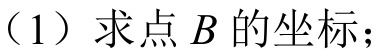
（1）求点\(B\)的坐标；